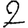
Digit: 2